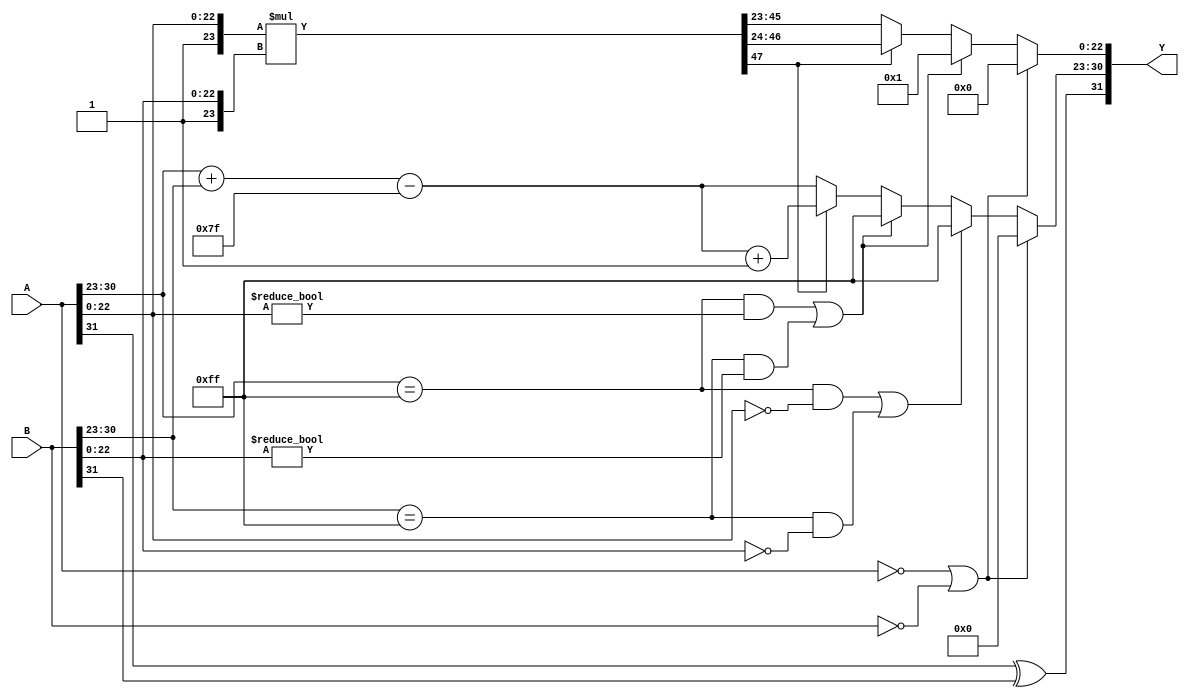
module fp_multiplier (
    input  [31:0] A, // First floating-point input
    input  [31:0] B, // Second floating-point input
    output [31:0] Y  // Floating-point output
);

    // Define constants
    localparam EXP_BIAS = 8'd127;
    localparam MANTISSA_WIDTH = 23;
    
    // Extract components from A
    wire signA = A[31];
    wire [7:0] expA = A[30:23];
    wire [MANTISSA_WIDTH:0] mantA = {1'b1, A[22:0]}; // Implicit leading 1

    // Extract components from B
    wire signB = B[31];
    wire [7:0] expB = B[30:23];
    wire [MANTISSA_WIDTH:0] mantB = {1'b1, B[22:0]}; // Implicit leading 1

    // Handle special cases
    wire is_zero_A = (A == 32'b0);
    wire is_zero_B = (B == 32'b0);
    wire is_inf_A = (expA == 8'hFF) && (mantA[22:0] == 23'b0);
    wire is_inf_B = (expB == 8'hFF) && (mantB[22:0] == 23'b0);
    wire is_nan_A = (expA == 8'hFF) && (mantA[22:0] != 23'b0);
    wire is_nan_B = (expB == 8'hFF) && (mantB[22:0] != 23'b0);
    
    wire output_zero = is_zero_A || is_zero_B;
    wire output_inf = (is_inf_A || is_inf_B);
    wire output_nan = (is_nan_A || is_nan_B);

    // Exponent calculation
    wire [8:0] exp_result = {1'b0, expA} + {1'b0, expB} - EXP_BIAS; // Adjust exponent
    wire [7:0] exp_final = exp_result[7:0]; // Final exponent before biasing

    // Mantissa multiplication
    wire [47:0] mant_product; // 24 + 24 for mantissa multiplication
    assign mant_product = mantA * mantB;

    // Normalize the result
    wire [MANTISSA_WIDTH:0] mant_result;
    wire [7:0] exp_normalized;
    wire normalization_needed = mant_product[47]; // Check leading bit
    assign mant_result = normalization_needed ? mant_product[46:24] : mant_product[45:23];
    assign exp_normalized = normalization_needed ? exp_final + 1 : exp_final;

    // Final output construction
    wire [31:0] final_output;
    assign final_output = {signA ^ signB, 
                           output_zero ? 8'b0 : output_inf ? 8'hFF : (output_nan ? 8'hFF : exp_normalized), 
                           output_zero ? 23'b0 : output_nan ? 23'b1 : mant_result[22:0]};

    // Assign the output
    assign Y = final_output;

endmodule